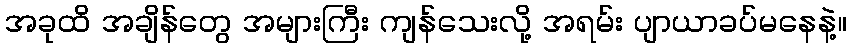
အခုထိ အချိန်တွေ အများကြီး ကျန်သေးလို့ အရမ်း ပျာယာခပ်မနေနဲ့။